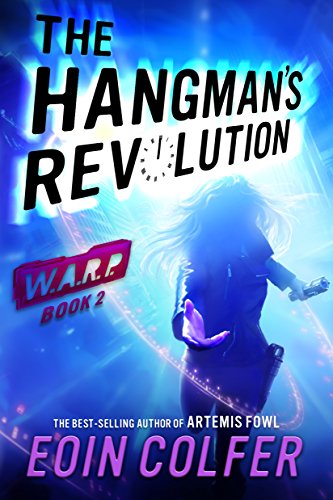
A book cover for WARP Book 2 The Hangman's Revolution; Eoin Colfer; Teen & Young Adult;